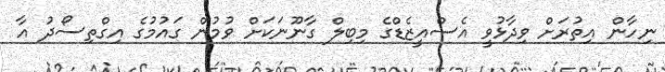
ނިހާން އިތުރަށް ވިދާޅުވީ އެސްއީޒެޑްގެ މިބިލް ގާނޫނަކަށް ވުމުން ގައުމުގެ އިގްތިސޯދު އާ